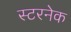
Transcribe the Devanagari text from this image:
स्टरनेक